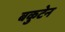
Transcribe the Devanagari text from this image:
बकुटेन